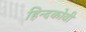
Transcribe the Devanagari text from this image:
हिन्दकोवी